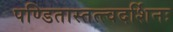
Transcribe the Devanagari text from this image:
पण्डितास्तत्त्वदर्शिनः